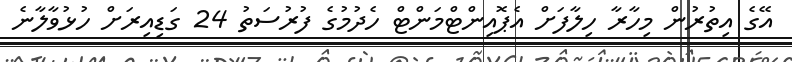
އޭގެ އިތުރުން މިހާރާ ހިލާފަށް އެޕޮއިންޓްމަންޓް ހެދުމުގެ ފުރުސަތު 24 ގަޑިއިރަށް ހުޅުވާލާނެ